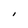
Character: I